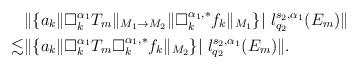
LaTeX: \begin{align*}&\|\{a_k\|\Box_k^{\alpha_1}T_m\|_{M_1\rightarrow M_2}\|\Box_k^{\alpha_1,\ast}f_k\|_{M_1}\}|~l_{q_2}^{s_2,\alpha_1}(E_m)\| \\\lesssim&\|\{a_k\|\Box_k^{\alpha_1}T_m\Box_k^{\alpha_1,\ast}f_k\|_{M_2}\}|~l_{q_2}^{s_2,\alpha_1}(E_m)\|.\end{align*}